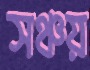
সঞ্চয়